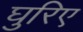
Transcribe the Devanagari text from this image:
घुरिए